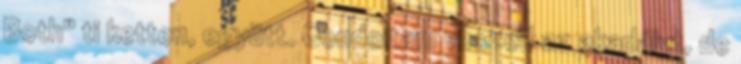
Both" ti ketten, együtt. Gondoltam veszed az akadályt, de